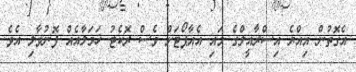
އެގޮތުން އިއްޔެ އިސްރާއީލްގެ މައި އެއާޕޯޓަށް ވެސް ރޮކެޓު ހަމަލާއެއް ފޮނުވާލި އެވެ.